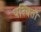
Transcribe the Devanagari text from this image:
पश्चिती